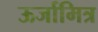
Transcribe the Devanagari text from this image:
ऊर्जामित्र